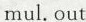
mul. out